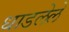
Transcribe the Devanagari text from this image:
धाडलेले